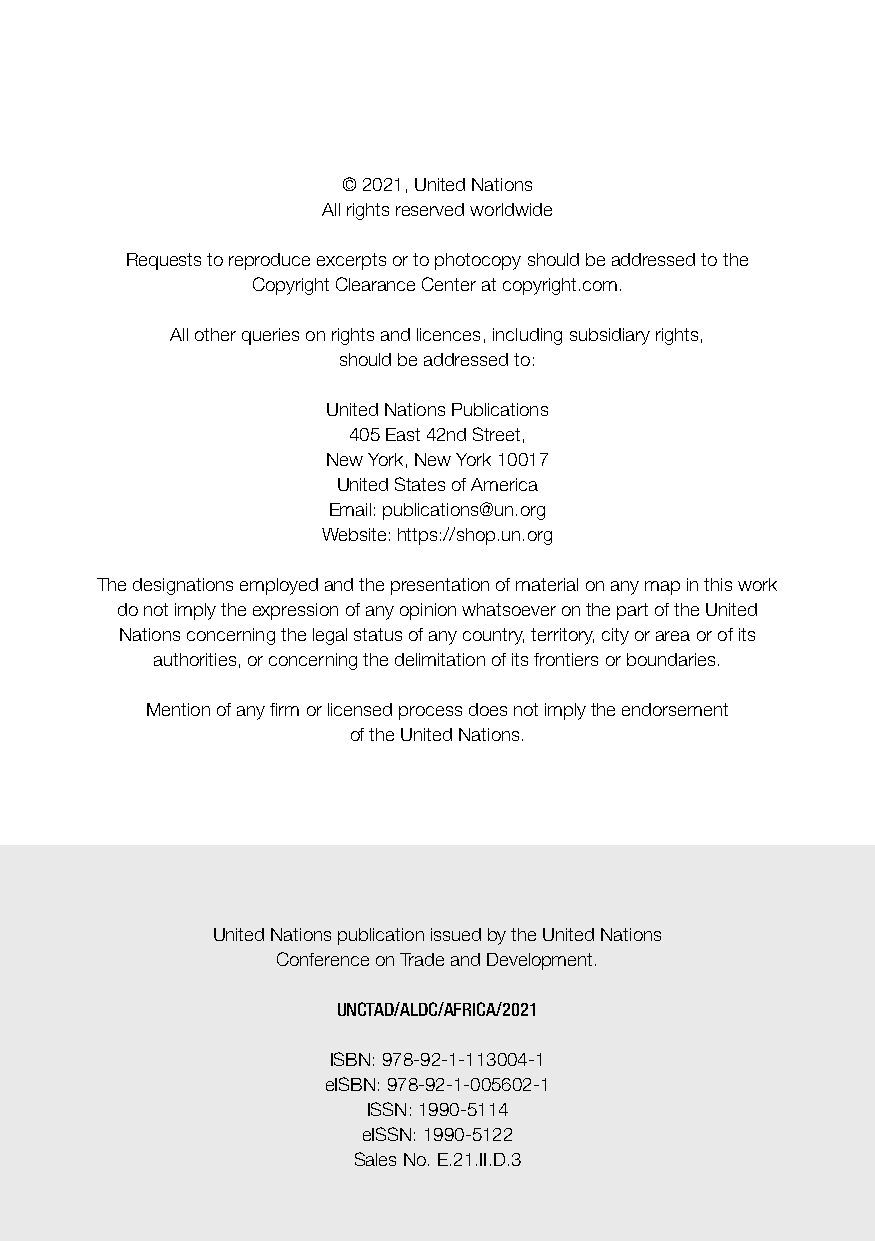
© 2021, United Nations
 All rights reserved worldwide
 Requests to reproduce excerpts or to photocopy should be addressed to the
 Copyright Clearance Center at copyright.com.
 All other queries on rights and licences, including subsidiary rights,
 should be addressed to:
 United Nations Publications
 405 East 42nd Street,
 New York, New York 10017
 United States of America
 Email: publications@un.org
 Website: https://shop.un.org
 The designations employed and the presentation of material on any map in this work
 do not imply the expression of any opinion whatsoever on the part of the United
 Nations concerning the legal status of any country, territory, city or area or of its
 authorities, or concerning the delimitation of its frontiers or boundaries.
 Mention of any firm or licensed process does not imply the endorsement
 of the United Nations.
 United Nations publication issued by the United Nations
 Conference on Trade and Development.
 UNCTAD/ALDC/AFRICA/2021
 ISBN: 978-92-1-113004-1
 eISBN: 978-92-1-005602-1
 ISSN: 1990-5114
 eISSN: 1990-5122
 Sales No. E.21.II.D.3